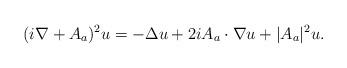
LaTeX: \begin{align*}(i\nabla +A_{a})^2 u=-\Delta u+2iA_{a}\cdot\nabla u+|A_{a}|^2 u.\end{align*}